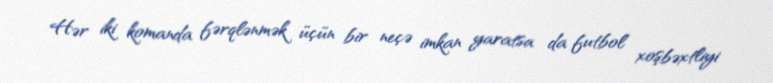
Hər iki komanda fərqlənmək üçün bir neçə imkan yaratsa da futbol xoşbəxtliyi